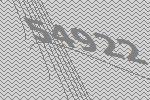
54922